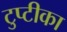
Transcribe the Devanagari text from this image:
टुप्टीका